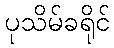
ပုသိမ်ခရိုင်